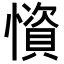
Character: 𢢾